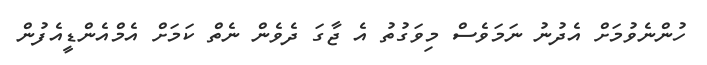
ހުންނެވުމަށް އެދުނު ނަމަވެސް މިވަގުތު އެ ޖާގަ ދެވެން ނެތް ކަމަށް އެމްއެންޑީއެފުން